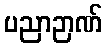
ပညာဉာဏ်